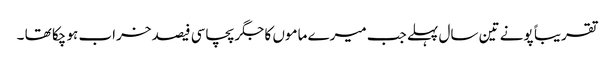
تقریبا ً پونے تین سال پہلے جب میرے ماموں کا جگر پچاسی فیصد خراب ہو چکا تھا ۔